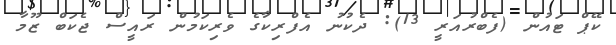
ކޭޕް ޓައުން (ފެބްރުއަރީ 13): ދެކުނު އެފްރިކާގެ ވެރިކަމުން ރައީސް ޖެކަބް ޒޫމާ